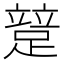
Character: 𨃱